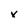
Character: v